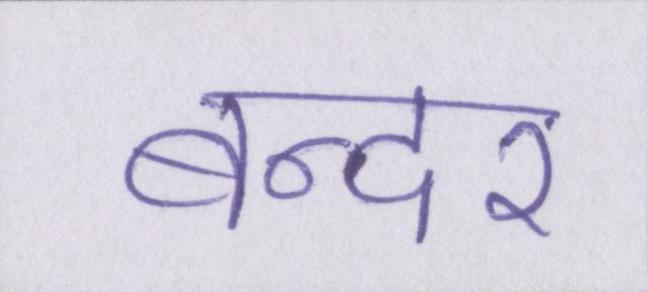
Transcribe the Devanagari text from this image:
बन्दर